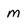
Character: M